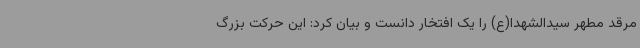
مرقد مطهر سیدالشهدا(ع) را یک افتخار دانست و بیان کرد: این حرکت بزرگ